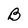
Character: B